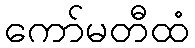
ကော်မတီထံ